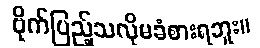
ဗိုက်ပြည့်သလိုမခံစားရဘူး။